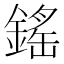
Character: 鎐